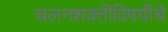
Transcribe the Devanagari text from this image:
चलनशक्तीविषयीचे